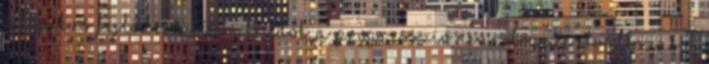
a tipikus fejlődésű későn kezdők. A progresszív neurológiai elváltozások